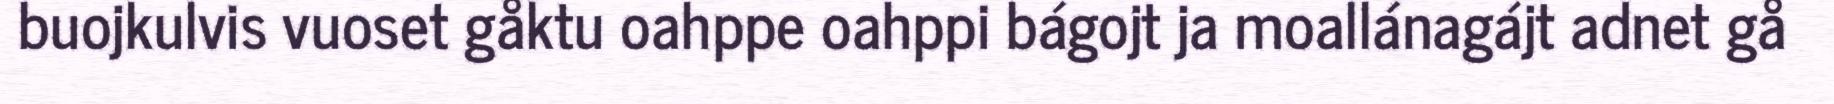
buojkulvis vuoset gåktu oahppe oahppi bágojt ja moallánagájt adnet gå